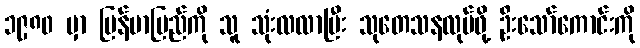
၁၉၈၀ မှာ မြန်မာပြည်ကို သူ သုံးလလာပြီး သုတေသနလုပ်ဖို့ ဦးသော်ကောင်းကို